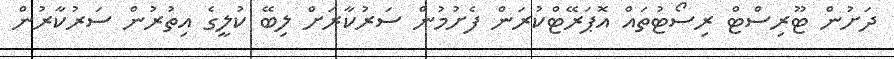
ދަށުން ޓޫރިސްޓް ރިސޯޓުތައް އޮޕަރޭޓްކުރަން ފެށުމުން ސަރުކާރަށް ލިބޭ ކުލީގެ އިތުރުން ސަރުކާރުން